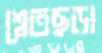
শ্বেতছড়া